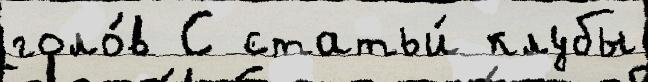
голо́в С статьи́ клубы